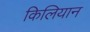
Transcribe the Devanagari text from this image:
किलियान